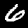
Label: 6